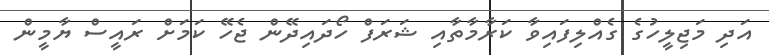
އަދި މަޖިލީހުގެ ގެއްލިފައިވާ ކަރާމާތާއި ޝަރަފް ހޯދައިދޭން ޖެހޭ ކަމަށް ރައީސް ޔާމީން